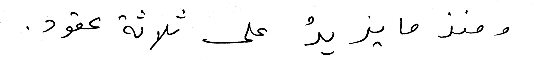
ومنذ ما يزيدُ على ثلاثة عقود.